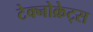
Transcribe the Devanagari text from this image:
टेक्नोक्रेट्स